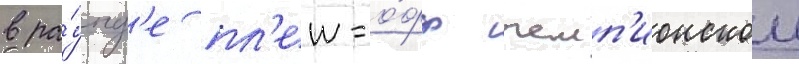
в ра́унд'е пл'еи-о́фф чемп'ионскои